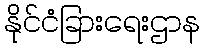
နိုင်ငံခြားရေးဌာန